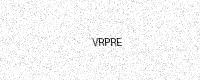
Text: VRPRE